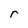
Character: r